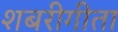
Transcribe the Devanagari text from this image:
शबरीगीता